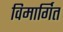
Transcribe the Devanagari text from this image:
विमार्गित